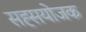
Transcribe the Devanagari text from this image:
सह्सयोजक